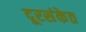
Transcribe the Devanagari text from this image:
दूरसंकेत